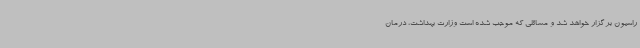
راسیون برگزار خواهد شد و مسائلی که موجب شده است وزارت بهداشت، درمان